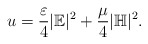
\begin{align*}u = \frac{\varepsilon}{4} |\mathbb{E}|^2 + \frac{\mu}{4}|\mathbb{H}|^2.\end{align*}